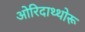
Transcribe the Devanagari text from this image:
ओरिदाथ्थोरू